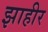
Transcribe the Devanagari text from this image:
झाहीर